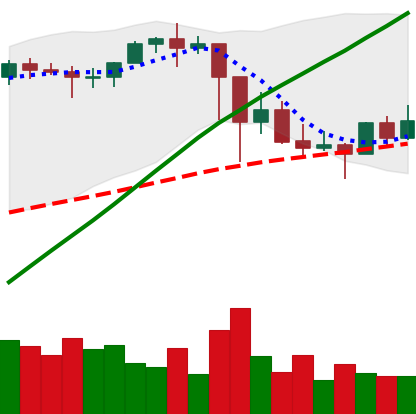
Ticker: ETH-USD
Chart end date: 2021-03-03
Forward return: 16.428%
Label: up_7plus